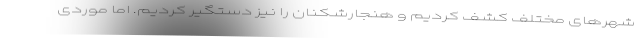
شهرهای مختلف کشف کردیم و هنجارشکنان را نیز دستگیر کردیم. اما موردی